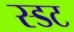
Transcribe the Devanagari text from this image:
स्डट